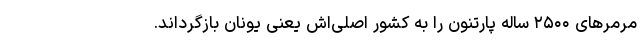
مرمرهای ۲۵۰۰ ساله پارتنون را به کشور اصلی‌اش یعنی یونان بازگرداند.